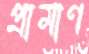
প্রামাণ